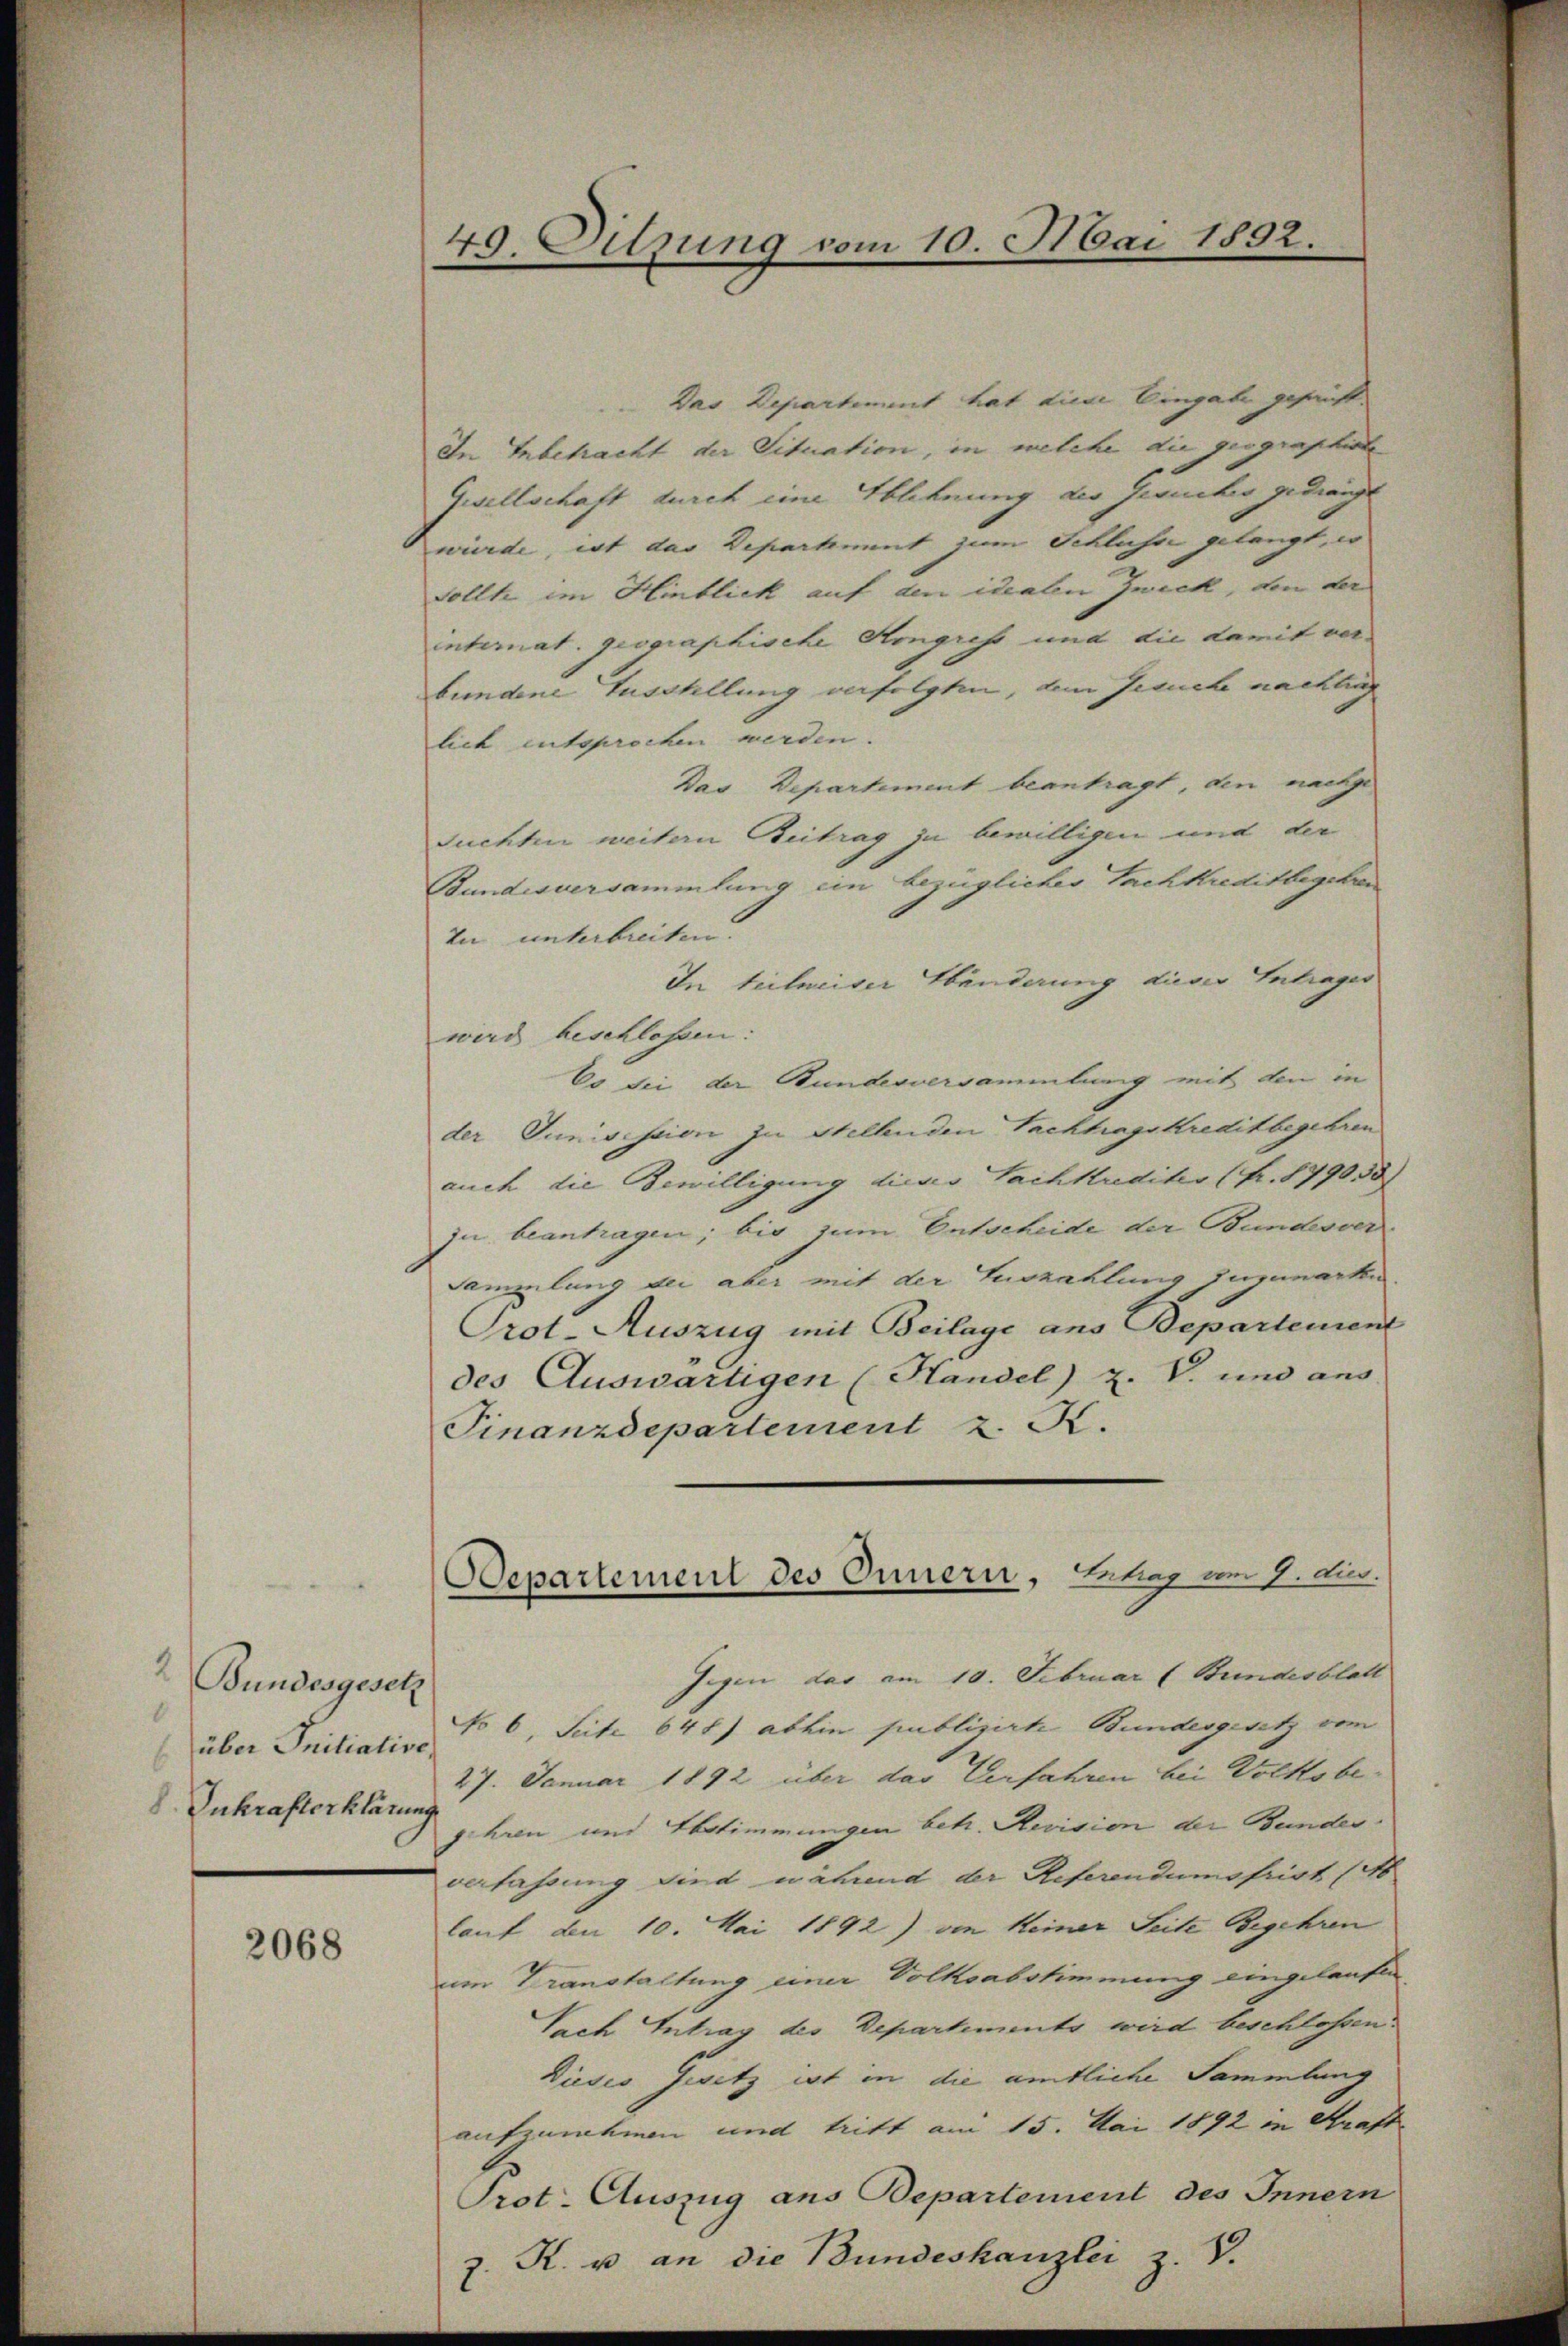
2 Bundesgesetz
8
über Initiative,
b
8 Inkrafterklärung

2068

49. Sitzung vom 10. Mai 1892.

Das Departement hat diese Eingabe gesanft
In Anbetracht der Situation, in welche die geographirte
Gesellschaft durch eine Ablehnung des Gesuches gedrängt
wuerde, ist das Departement zum Schluss gelangt, er
Sollte im Hinblick auf den italen Zweck, von der
internat. geographische Angress und die damit ver-
bundene Fusstellung verfolgten, dem Jesuche nachlic
lich entsprochen werden. |
Das Departement beantragt, den nachge
Suchten weitern Beitrag zu bewilligen und der
Bundesversammlung ein bezüglicher Sachkreditbegehren
In unterbreiten.
In teilweiser Abänderung dieser Intrages
wird beschlossen:
Co sei der Bundesversammlung mit den in
der Junisission zu stellenden Sachtragskreditbegehren
auch die Bewilligung dieses Sachkredites (Fr. 879055)
ju beantragen; bis zum Entscheide der Bundesver¬
Sammlung bei aber mit der Auszahlung zuzuwarten
Orot-Auszug mit Beilage ans Departement
des Auswärtigen (Handel) Z. V. und aus
Finanzdepartement z. K.
Gegen das am 10. Februar (Bundesblatt
No 6. Seite 648) abhin publizirte Bundesgesetz vom
27. Januar 1892 über das Verfahren bei Volksbe-
gehren und Abstimmungen betr. Revision der Bundes
verfassung sind während der Referendumsfrist (Ab
lauf den 10. Mai 1892) von keiner Seite Begehren
im Transtaltung einer Volksabstimmung eingelaufen,
Sach Antrag des Departements wird beschlossen.
Dieses Gesetz ist in die amtliche Sammlung
aufzunehmen und tritt am 15. Mai 1892 in Straft
Prot. Auszug aus Departement des Innern
v. R. u. an die Bundeskanzlei z. B.
2

Departement des Innern, Behag mer 7. die